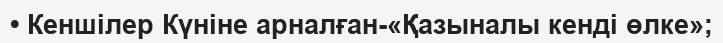
• Кеншілер Күніне арналған-«Қазыналы кенді өлке»;